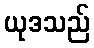
ယုဒသည်